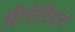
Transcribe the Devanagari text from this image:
ग्रीगेरियन